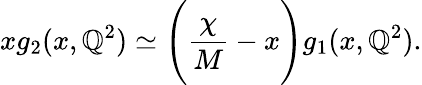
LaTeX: xg_{2}(x,\mathbb{Q}^{2})\simeq\Bigg({\frac{{\chi}}{{M}}}-x\Bigg)g_{1}(x,\mathbb{Q}^{2}).